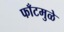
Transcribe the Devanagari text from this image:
फाँटमुळे